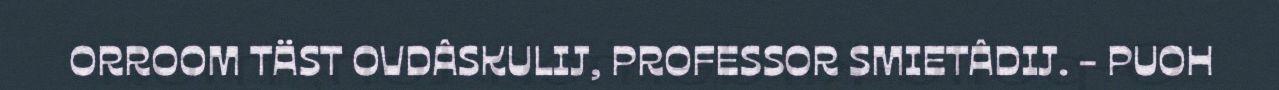
ORROOM TÄST OVDÂSKULIJ, PROFESSOR SMIETÂDIJ. - PUOH